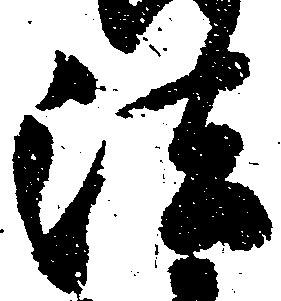
法